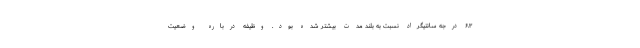
۶.۳ درجه سانتیگراد نسبت به بلند مدت بیشتر شده بود. وظیفه درباره وضعیت